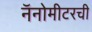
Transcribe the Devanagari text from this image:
नॅनोमीटरची